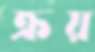
ক্রয়